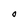
Character: O